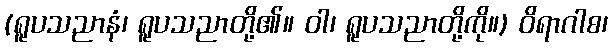
(ရူပသညာနံ၊ ရူပသညာတို့၏။ ဝါ၊ ရူပသညာတို့ကို။) ဝိရာဂါစ၊